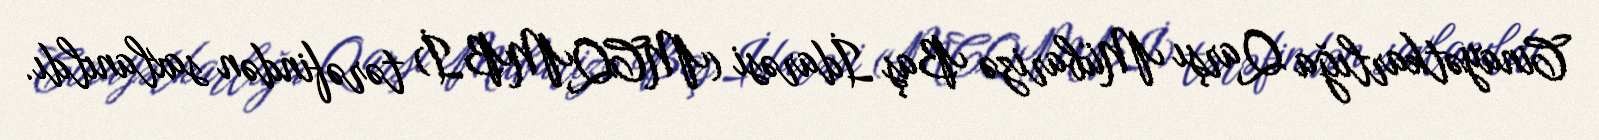
Cinayətkarlığa Qarşı Mübarizə Baş İdarəsi (MCQMBİ) tərəfindən saxlanıldı.